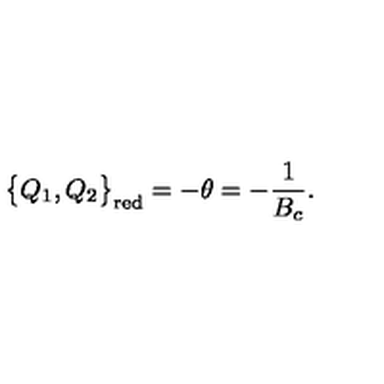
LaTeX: \big \{ Q _ { 1 } , Q _ { 2 } \big \} _ { \mathrm { r e d } } = - \theta = - \frac { 1 } { B _ { c } } .